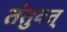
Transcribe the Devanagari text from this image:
तंतुवत्